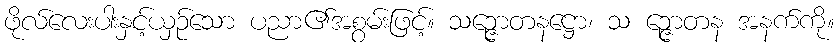
ဖိုလ်လေးပါးနှင့်ယှဉ်သော ပညာ၏အစွမ်းဖြင့်။ သဉ္ဇောတနဋ္ဌော၊ သ ဉ္ဇောတန အနက်ကို။